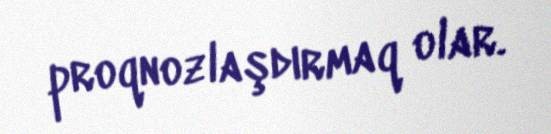
proqnozlaşdırmaq olar.